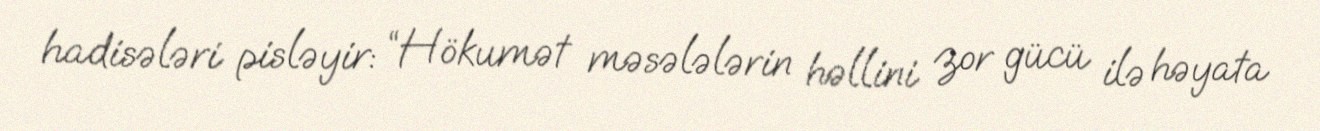
hadisələri pisləyir: “Hökumət məsələlərin həllini zor gücü ilə həyata